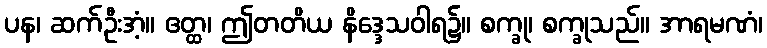
ပန၊ ဆက်ဦးအံ့။ ဧတ္ထ၊ ဤတတိယ နိဒ္ဒေသဝါရ၌။ စက္ခု၊ စက္ခုသည်။ အာရမဏံ၊